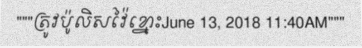
"""ត្រូវប៉ូលិសវ៉ៃខ្នោះJune 13, 2018 11:40AM"""